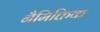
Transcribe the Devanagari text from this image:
नैमिक्तिक